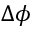
\Delta \phi